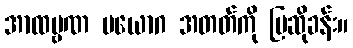
အာထဗ္ဗဏ ပယောဂ အတတ်ကို ပြဆိုခန်း။